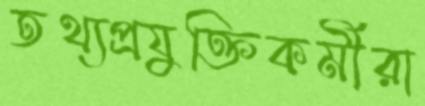
তথ্যপ্রযুক্তিকর্মীরা